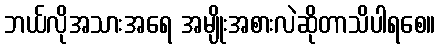
ဘယ်လိုအသားအရေ အမျိုးအစားလဲဆိုတာသိပါရစေ။